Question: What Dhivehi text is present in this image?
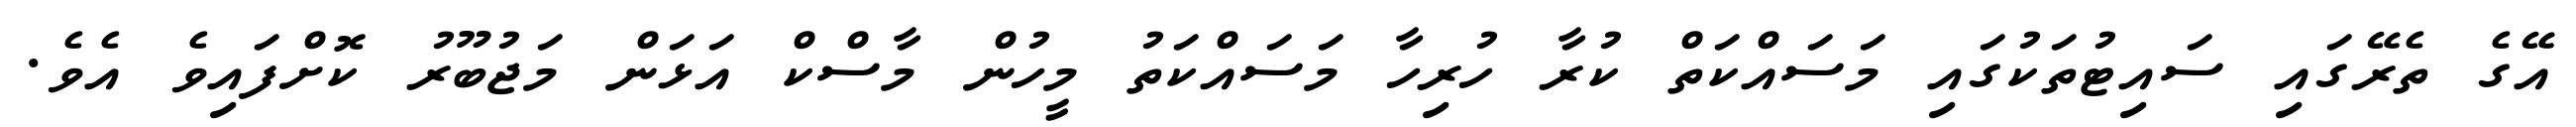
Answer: އޭގެ ތެރޭގައި ސައިޓުތަކުގައި މަސައްކަތް ކުރާ ހުރިހާ މަސައްކަތު މީހުން މާސްކް އަޅަން މަޖުބޫރު ކޮށްފައިވެ އެވެ.